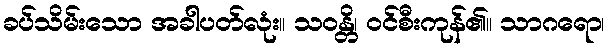
ခပ်သိမ်းသော အခါပတ်လုံး။ သဝန္တိ၊ ဝင်စီးကုန်၏။ သာဂရော၊